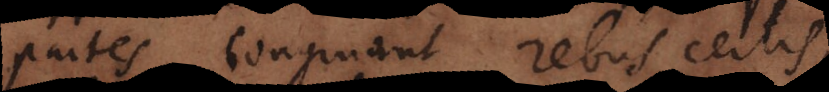
partes congruant rebus certis,